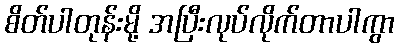
စိတ်ပါတုန်းမို့ အပြီးလုပ်လိုက်တာပါကွာ